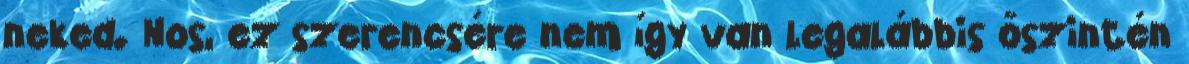
neked. Nos, ez szerencsére nem így van legalábbis őszintén